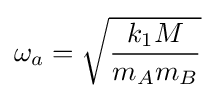
\omega _{a}={\sqrt {\frac {k_{1}M}{m_{A}m_{B}}}}